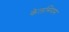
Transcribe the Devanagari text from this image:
केलसियम